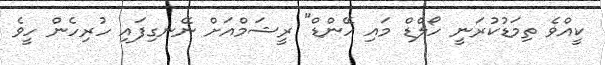
ކީއްވެ ތިމަޑުކުރަނީ ހޯލްޑް މައި ހޭންޑް" ރީޝަމްއަށް ނޭނގިފައި ހުރިހެން ހީވެ